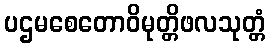
ပဌမစေတောဝိမုတ္တိဖလသုတ္တံ